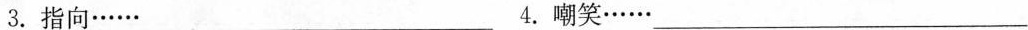
3.指向……___ 4.嘲笑……___